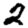
Digit: 2